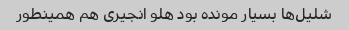
شلیل‌ها بسیار مونده بود هلو انجیری هم همینطور